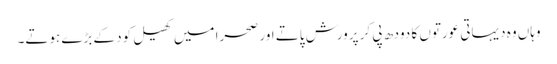
وہاں وہ دیہاتی عورتوں کا دودھ پی کر پرورش پاتے اور صحرا میں کھیل کود کے بڑے ہوتے۔